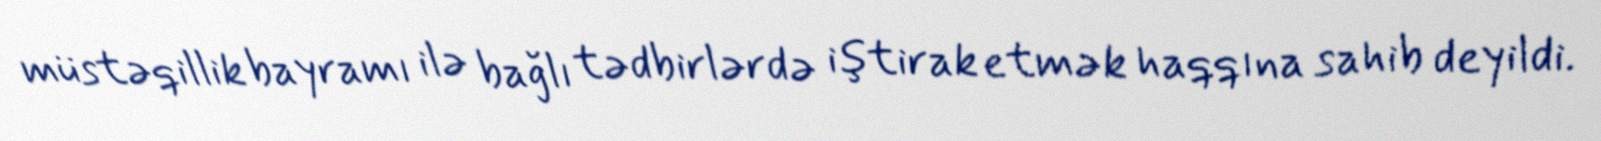
müstəqillik bayramı ilə bağlı tədbirlərdə iştirak etmək haqqına sahib deyildi.